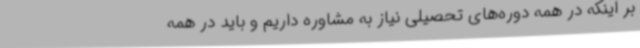
بر اینکه در همه دوره‌های تحصیلی نیاز به مشاوره داریم و باید در همه